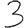
Digit: 3